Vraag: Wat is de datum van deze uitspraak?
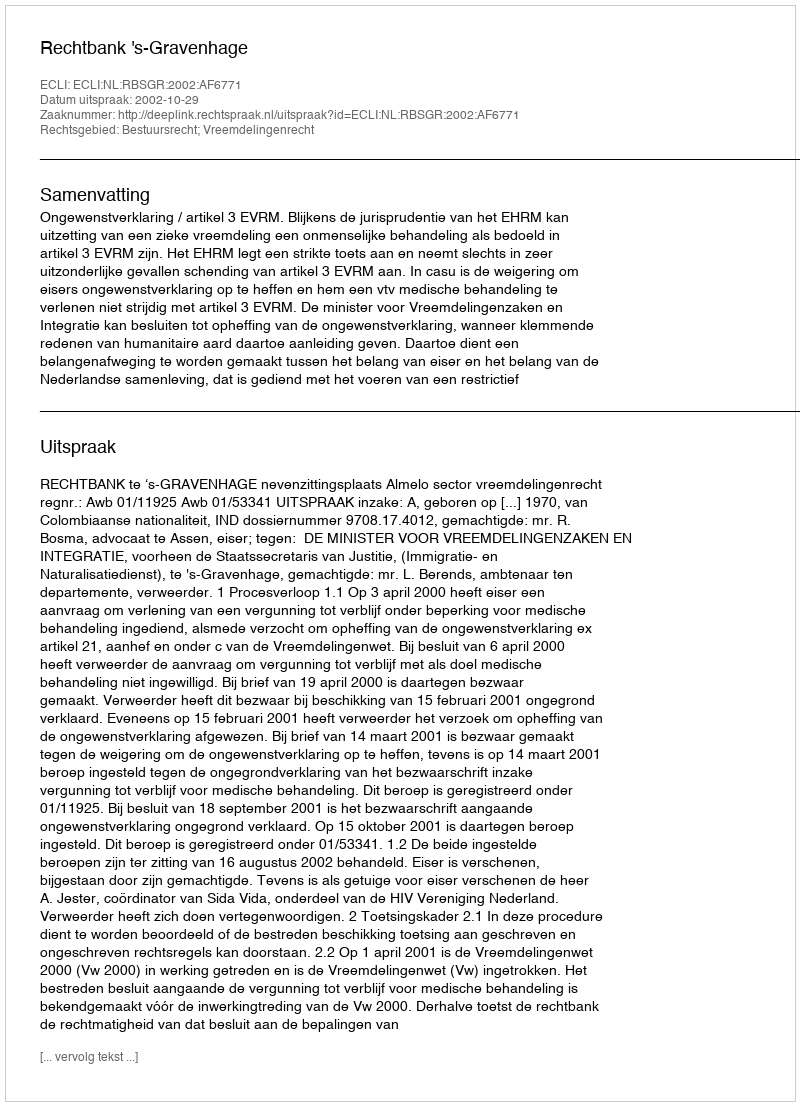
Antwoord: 2002-10-29